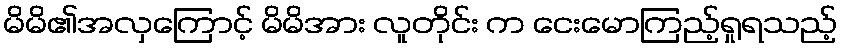
မိမိ၏အလှကြောင့် မိမိအား လူတိုင်း က ငေးမောကြည့်ရှုရသည့်